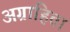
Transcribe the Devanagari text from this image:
अग्राहिता